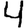
Digit: 4